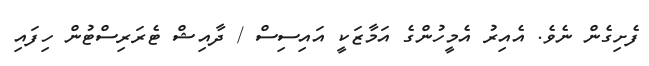
ފެށިގެން ނެވެ. އެއިރު އެމީހުންގެ އަމާޒަކީ އައިސިސް / ދާއިޝް ޓެރަރިސްޓުން ހިފައި